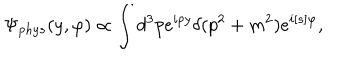
\Psi _ { p h y s } ( y , \varphi ) \propto \int d ^ { 3 } p e ^ { i p y } \delta ( p ^ { 2 } + m ^ { 2 } ) e ^ { i [ s ] \varphi } ,